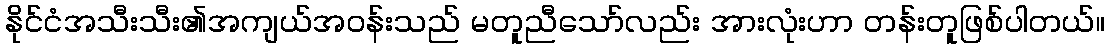
နိုင်ငံအသီးသီး၏အကျယ်အဝန်းသည် မတူညီသော်လည်း အားလုံးဟာ တန်းတူဖြစ်ပါတယ်။